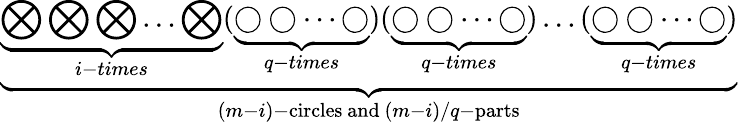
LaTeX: \underbrace{\underbrace{\bigotimes\bigotimes\bigotimes\dots\bigotimes}_{i-times}(\underbrace{\bigcirc\bigcirc\dots\bigcirc}_{q-times})(\underbrace{\bigcirc\bigcirc\dots\bigcirc}_{q-times})\dots(\underbrace{\bigcirc\bigcirc\dots\bigcirc}_{q-times})}_{(m-i)-{\mathrm{circles~and}}~(m-i)/q-{\mathrm{parts}}}